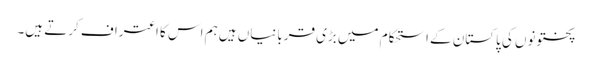
پختونوں کی پاکستان کے استحکام میں بڑی قربانیاں ہیں ہم اس کا اعتراف کرتے ہیں۔